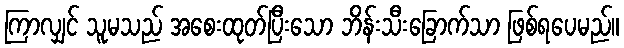
ကြာလျှင် သူမသည် အစေးထုတ်ပြီးသော ဘိန်းသီးခြောက်သာ ဖြစ်ရပေမည်။